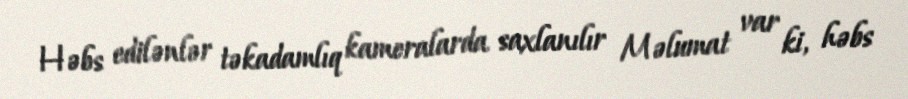
Həbs edilənlər təkadamlıq kameralarda saxlanılır Məlumat var ki, həbs